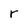
Character: r